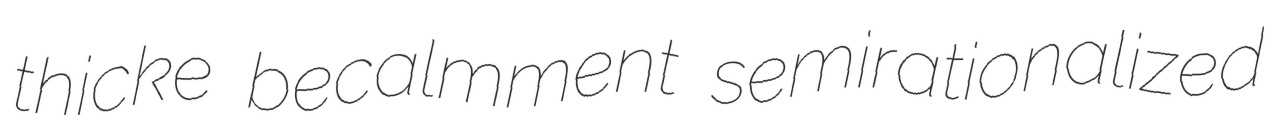
thicke becalmment semirationalized